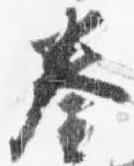
奏